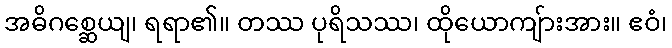
အဓိဂစ္ဆေယျ၊ ရရာ၏။ တဿ ပုရိသဿ၊ ထိုယောကျ်ားအား။ ဧဝံ၊